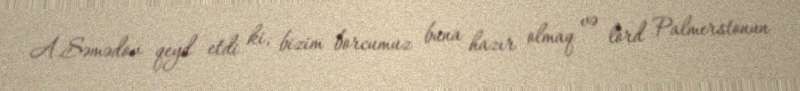
A.Səmədov qeyd etdi ki, bizim borcumuz buna hazır olmaq və lord Palmerstonun